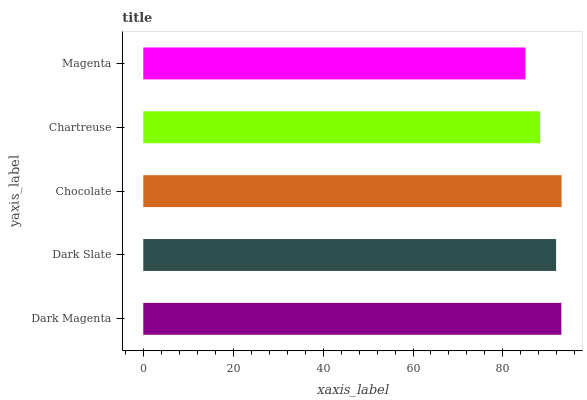
| yaxis_label | bars |
 | --- | --- |
 | Dark Magenta | 93 |
 | Dark Slate | 91.8 |
 | Chocolate | 93.1 |
 | Chartreuse | 88.3 |
 | Magenta | 85 |